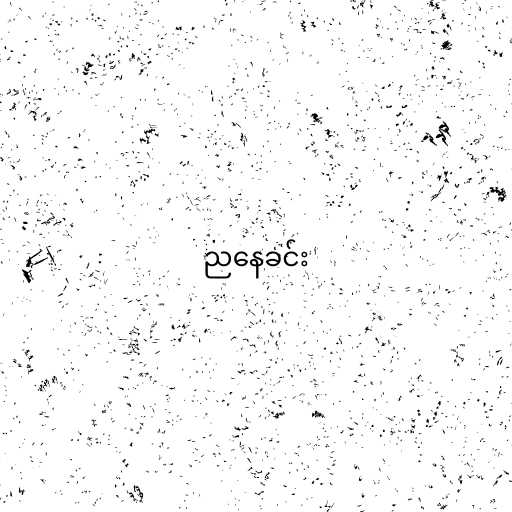
ညနေခင်း